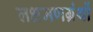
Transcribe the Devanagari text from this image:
लक्षमणग्रंथों